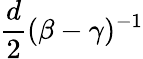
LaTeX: \frac{d}{2}(\beta-\gamma)^{-1}